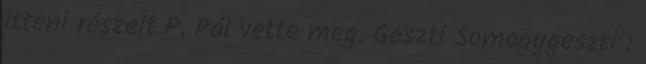
itteni részeit P. Pál vette meg. Geszti Somogygeszti :